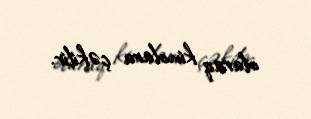
olaraq kinolara çəkilir.